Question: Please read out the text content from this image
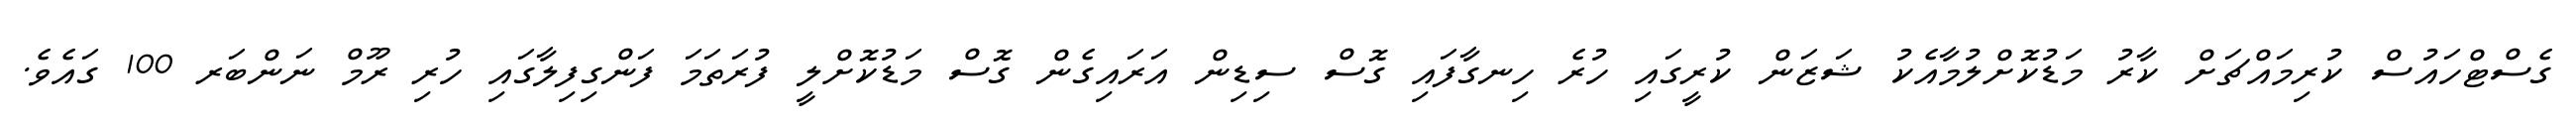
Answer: ގެސްޓްހައުސް ކުރިމައްޗަށް ކާރު މަޑުކޮށްލުމާއެކު ޝަޒަން ކުރީގައި ހުރެ ހިނގާފައި ގޮސް ސިޑިން އަރައިގެން ގޮސް މަޑުކޮށްލީ ފުރަތަމަ ފަންގިފިލާގައި ހުރި ރޫމް ނަންބަރ 100 ގައެވެ.